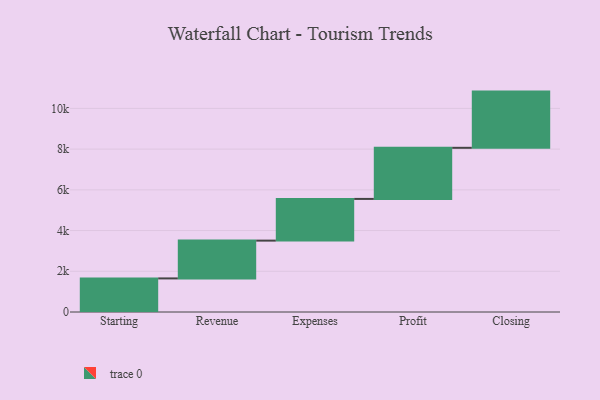
{"axis": {"x": "Step", "y": "Value"}, "legend": [""], "data": [{"x": "Starting", "y": 1650.0, "type": ""}, {"x": "Revenue", "y": 1856.0, "type": ""}, {"x": "Expenses", "y": 2048.0, "type": ""}, {"x": "Profit", "y": 2510.0, "type": ""}, {"x": "Closing", "y": 2761.0, "type": ""}]}